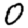
Digit: 0